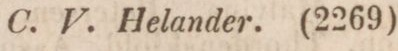
C. V. Helander. (2269)